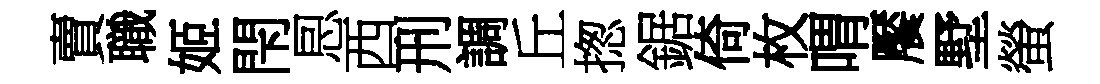
賣職姬閇㤙西刑調丘揔鋸倚枚喟饜墅螢